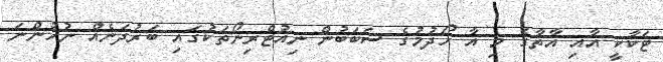
ޓަކާކީ އާއި އާތާގެ މި އާ ހޯދުމުގެ ސަބަބުން ނިއުޓްރިނޯތަކުގައި ބަރުދަނެއް ނުހުންނަ